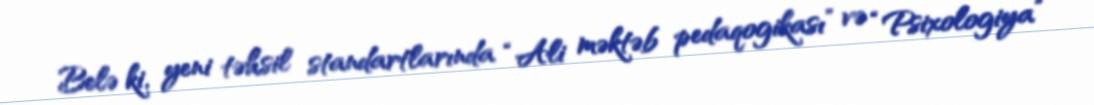
Belə ki, yeni təhsil standartlarında “Ali məktəb pedaqogikası” və “Psixologiya”